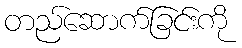
တည်ဆောက်ခြင်းကို